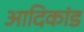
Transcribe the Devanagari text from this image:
आदिकांड